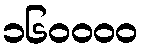
၁၆၀၀၀၀